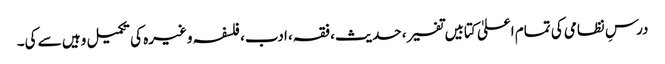
درسِ نظامی کی تمام اعلیٰ کتابیں تفسیر، حدیث، فقہ، ادب، فلسفہ وغیرہ کی تکمیل وہیں سے کی۔